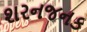
શરનજનક